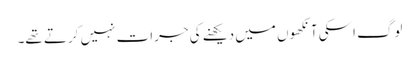
لوگ اسکی آنکھوں میں دیکھنے کی جرات نہیں کرتے تھے۔